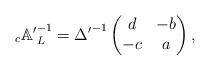
LaTeX: \begin{align*} \,_{c}\mathbb{A'}^{-1}_L={\Delta'}^{-1}\left(\begin{matrix} d &-b \\ -c & a \end{matrix}\right), \end{align*}